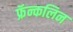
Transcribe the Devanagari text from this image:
फ्रॅन्कलिन